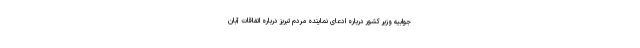
جوابیه وزیر کشور درباره ادعای نماینده مردم تبریز درباره اتفاقات آبان